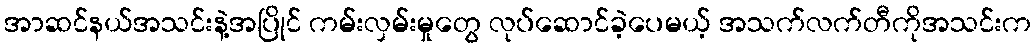
အာဆင်နယ်အသင်းနဲ့အပြိုင် ကမ်းလှမ်းမှုတွေ လုပ်ဆောင်ခဲ့ပေမယ့် အသက်လက်တီကိုအသင်းက